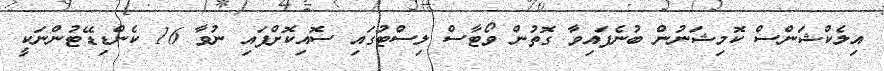
އިލެކްޝަންސް ކޮމިޝަނުން ބުނެފައިވާ ގޮތުން ވޯޓާސް ލިސްޓުގައި ސޮއިކޮށްފައި ނުވާ 16 ކެންޑިޑޭޓުންނަކީ